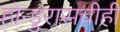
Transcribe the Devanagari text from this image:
होन्डुरासचीही